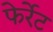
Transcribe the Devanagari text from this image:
फेर्रेट